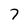
Character: 7